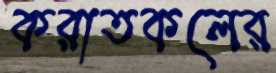
করাতকলের